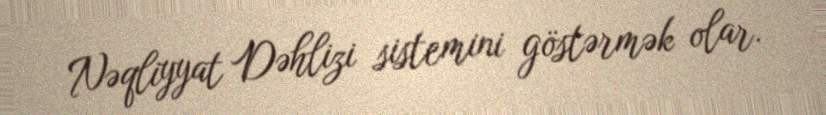
Nəqliyyat Dəhlizi sistemini göstərmək olar.